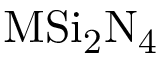
\mathrm { M S i _ { 2 } N _ { 4 } }